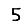
Digit: 5